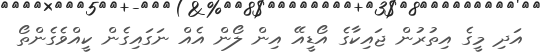
އަދި މީގެ އިތުރުން ޖައިކާގެ އޯޑީއޭ އިން ލޯން އެއް ނަގައިގެން ކީއްވެގެންތޯ